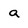
Character: a